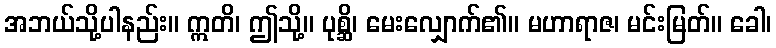
အဘယ်သို့ပါနည်း။ ဣတိ၊ ဤသို့။ ပုစ္ဆိ၊ မေးလျှောက်၏။ မဟာရာဇ၊ မင်းမြတ်။ ခေါ၊